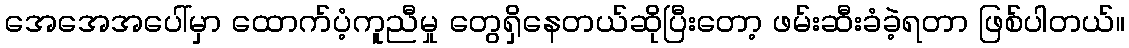
အေအေအပေါ်မှာ ထောက်ပံ့ကူညီမှု တွေရှိနေတယ်ဆိုပြီးတော့ ဖမ်းဆီးခံခဲ့ရတာ ဖြစ်ပါတယ်။